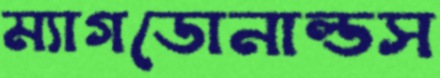
ম্যাগডোনাল্ডস